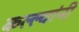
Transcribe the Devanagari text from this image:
कल्ल्यांनी